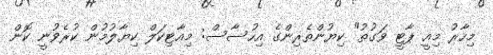
މިހާރު މިއީ ޕާޓީ ވަގުތު" ކިޔުންތެރިންގެ އިހުސާސް: މިއާޓިކަލް ކިޔާލުމުން ކުރެވުނީ ކޮން